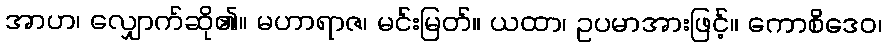
အာဟ၊ လျှောက်ဆို၏။ မဟာရာဇ၊ မင်းမြတ်။ ယထာ၊ ဥပမာအားဖြင့်။ ကောစိဒေဝ၊